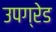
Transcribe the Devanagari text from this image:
उपग्रेड